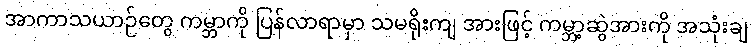
အာကာသယာဉ်တွေ ကမ္ဘာကို ပြန်လာရာမှာ သမရိုးကျ အားဖြင့် ကမ္ဘာ့ဆွဲအားကို အသုံးချ